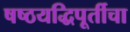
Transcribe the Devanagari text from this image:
षष्ठयद्धिपूर्तीचा